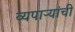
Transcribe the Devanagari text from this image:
व्यपाऱ्यांची